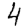
Digit: 4